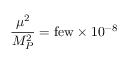
{ \frac { \mu ^ { 2 } } { M _ { P } ^ { 2 } } = \mathrm { f e w } \times { 1 0 ^ { - 8 } } }